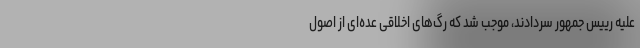
علیه رییس جمهور سردادند، موجب شد که رگ‌های اخلاقی عده‌ای از اصول‌